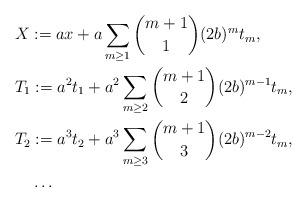
LaTeX: \begin{align*}&X:=ax+a\sum_{m\ge1}\binom{m+1}{1}(2b)^mt_m,\\&T_1:=a^2t_1+a^2\sum_{m\ge2}\binom{m+1}{2}(2b)^{m-1}t_m,\\&T_2:=a^3t_2+a^3\sum_{m\ge3}\binom{m+1}{3}(2b)^{m-2}t_m,\\&\quad\ldots\end{align*}